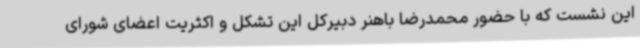
این نشست که با حضور محمدرضا باهنر دبیرکل این تشکل و اکثریت اعضای شورای